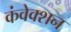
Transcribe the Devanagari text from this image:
कंवेक्शन